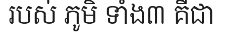
របស់ ភូមិ ទាំង៣ គឺជា